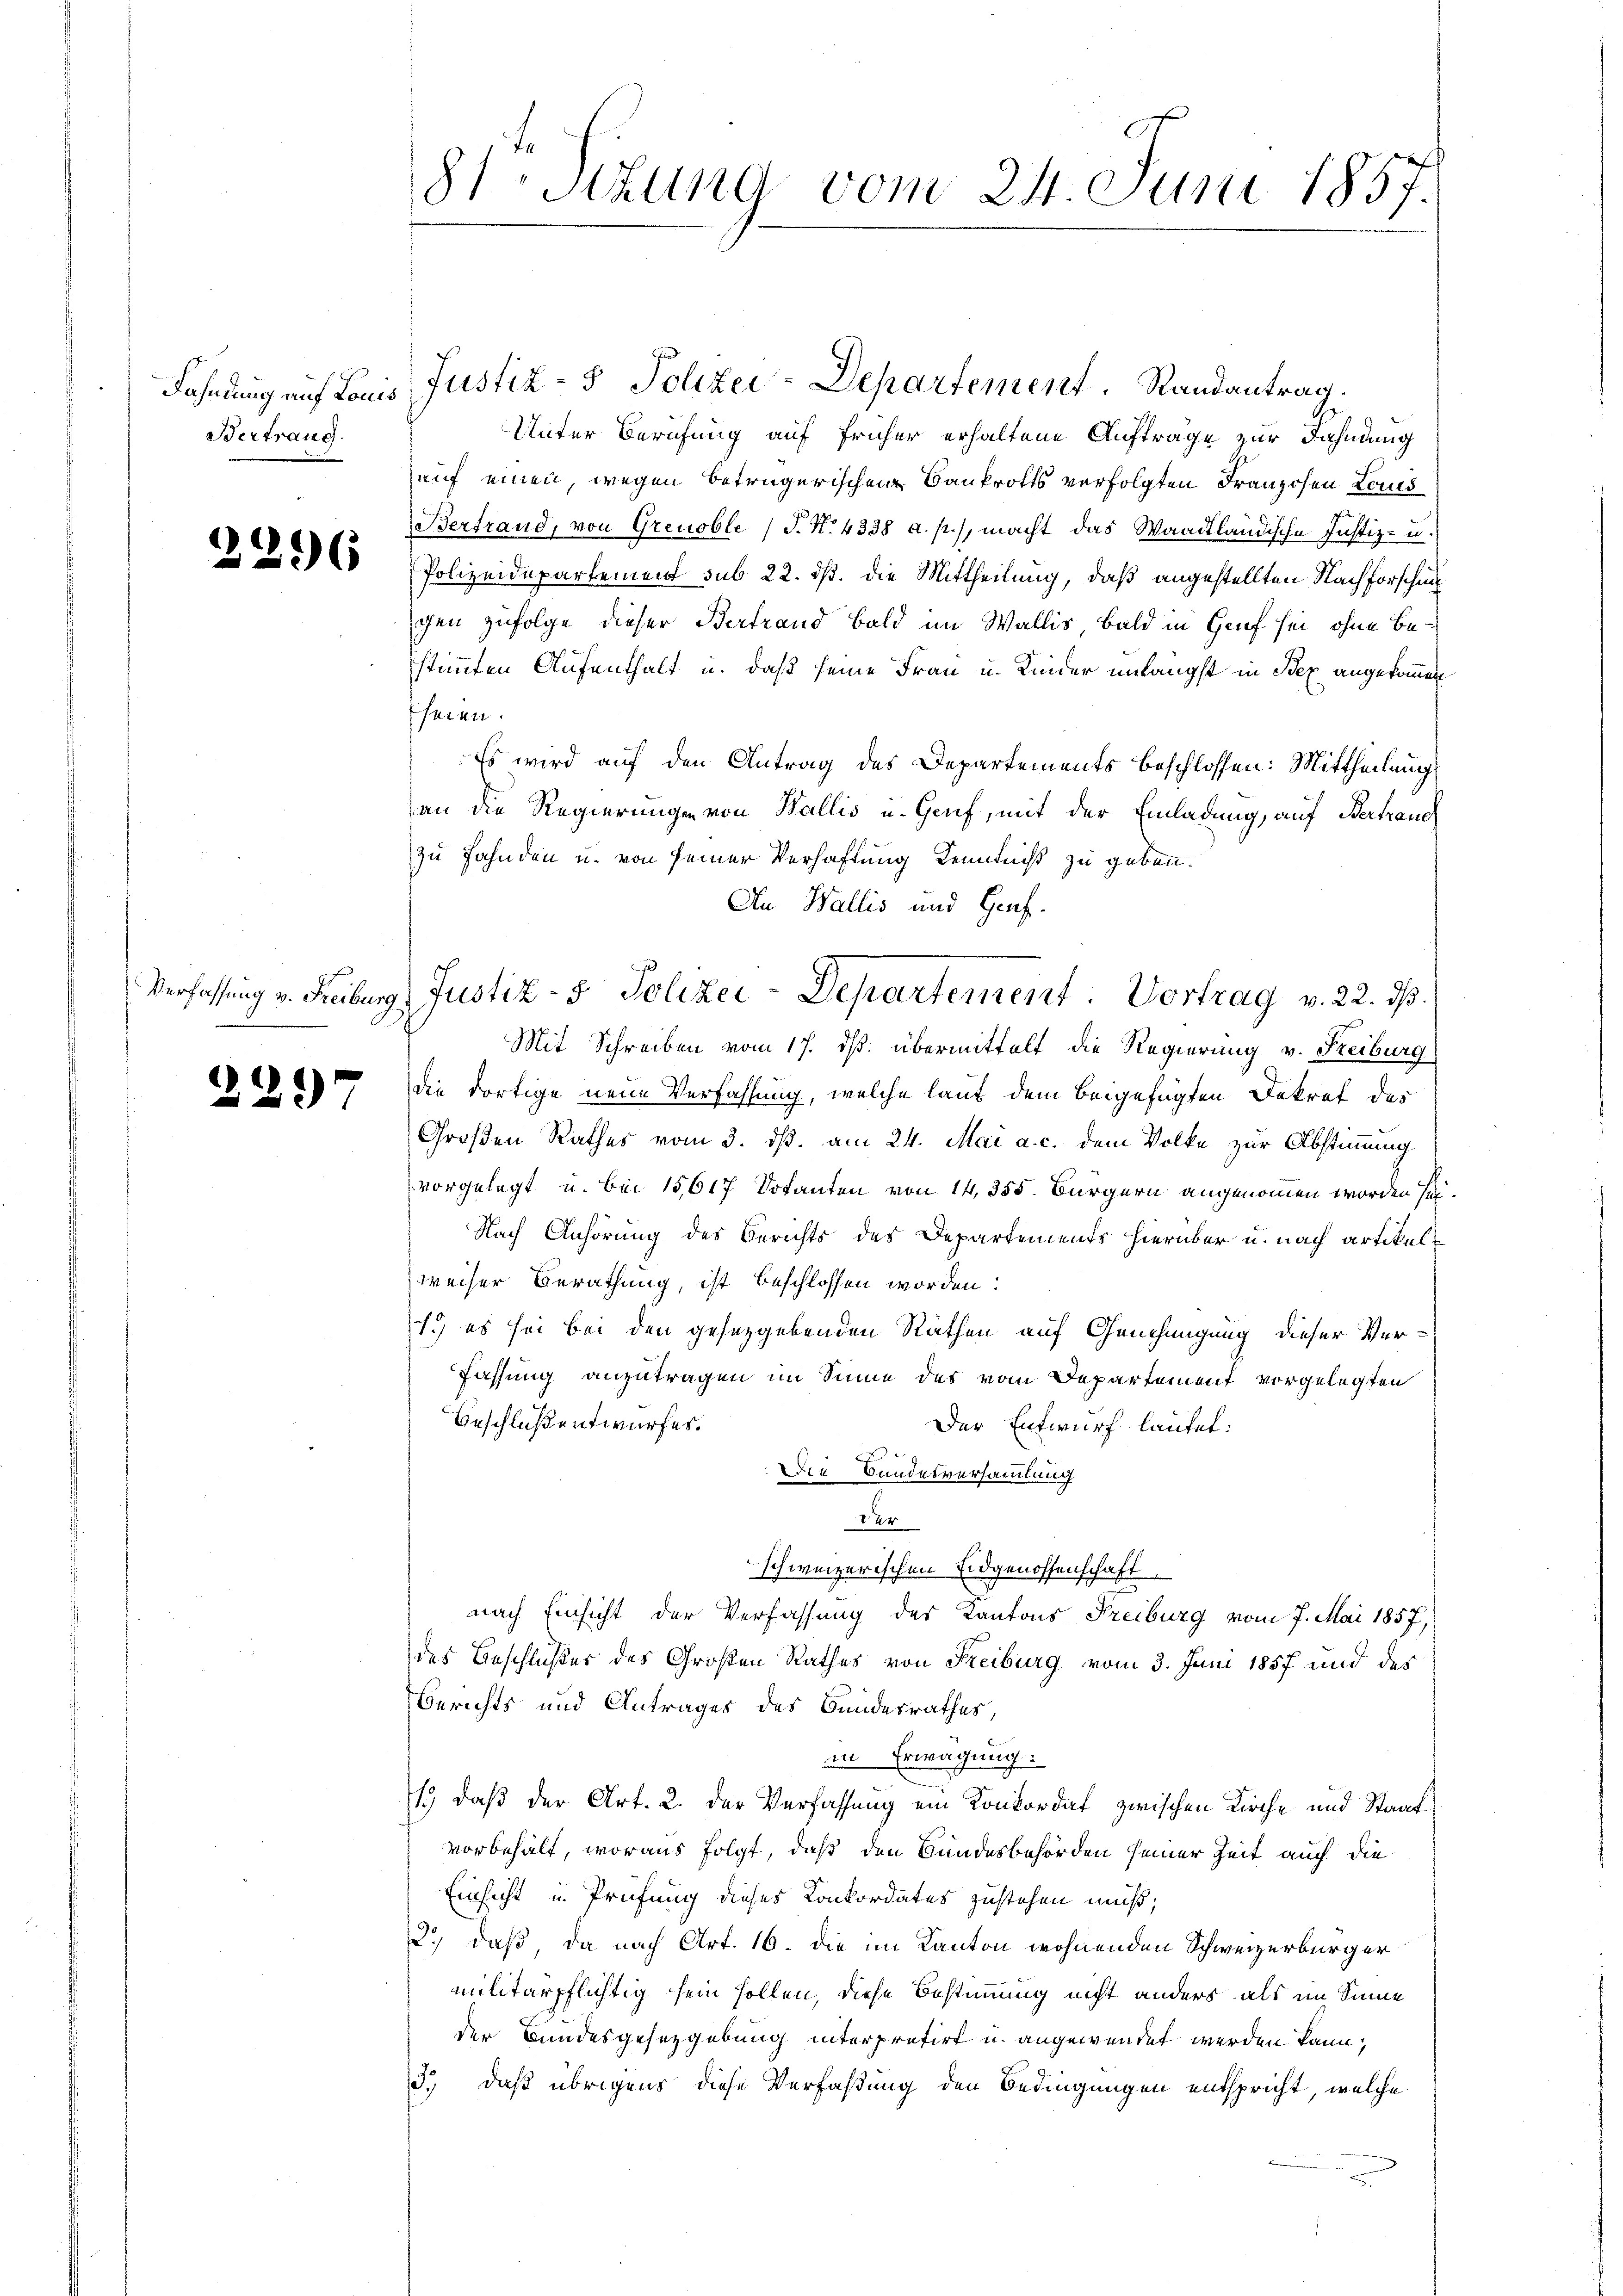
Vertrang.

2296

2297

81Stzung vom 24. Juni 1857.

Unter Berufung auf früher erhaltene Aufträge zur Dahnung
auf einen, wegen betrügerischen Bankrotts verfolgten Franzosen Laus
Bertrand, von Grenoble (T. N. 4338 a. p.), macht das Waadtländische Justiz- u.
Polizeidepartement sub 22. ds. die Mittheilung, daß angestellten Nachforschung
gen zufolge dieser Vertrand bald im Wallis, bald in Genf sei, ohne Bestimmten Aufenthalt u. daß seine Frau u. Kinder unlängst in Bex angekommen
seien.
Es wird auf den Antrag des Departements beschlossen: Mittheilung
an die Regierungen von Wallis u. Genf, mit der Einladung, auf Bertrauch
zu Fahnden u. von seiner Verhaftung Kenntniß zu geben.
An Wallis und Genf.
Mit Schreiben vom 17. ds. übermittelt die Regierung v. Reiburg
die dortige neue Verfahlung, welche lauf dem beigefügten Dekref des
Großen Rathes vom 3. dß. am 24. Mai a. c. dem Volke zur Abstimmung
vorgelegt u. bei 15617 Dotanten von 14, 355. Bürgern angenommen worden sei
Nach Anhörung des Berichts des Departements hierüber u. nach artikelweiser Berathung, ist beschlossen worden:
1.) es sei bei den gesezgebenden Räthen auf Genehmigung dieser Ver-
Fassung anzutragen im Sinne des vom Departement vorgelegten
Beschluß entwurfes.
Der Entwurf lautet:
Die Bundesversammlung.
Ver
schweizerischen Eidgenossenschaft
nach Einsicht der Verfassung des Kantons Freiburg vom 7. Mai 1857,
des Beschlußer des Großen Rathes von Reiburg vom 3. Juni 1857 und des
Berichts und Antrages des Bundesrathes,
in Erwägung:
1., daß der Art. 2. der Verfassung ein Konkordat zwischen Kirche und Staat
vorbehalt, woraus folgt, daß den Bundesbehörden seiner Zeit auch die
Einsicht u. Prüfung dieses Konkordates zustehen muß;
2.) daß, da nach Art. 16. die im Kanton wohnenden Schweizerbürger
militärpflichtig sein sollen, diese Bestimmung nicht anders als im Sinne
der Bundesgesetzgebung interpretirt u. angewendet werden kann;
3.) daß übrigens diese Verfaßung den Bedingungen entspricht, welche

Fahndung auf Louis Justiz- & Polizei-Departement. Randantrag.

Verfassung v. Freiburg, Justiz- & Polizei-Departement: Vortrag v. 22. ds.